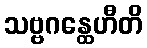
သဗ္ဗဂန္ထေဟီတိ